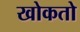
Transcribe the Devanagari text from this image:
खोकतो